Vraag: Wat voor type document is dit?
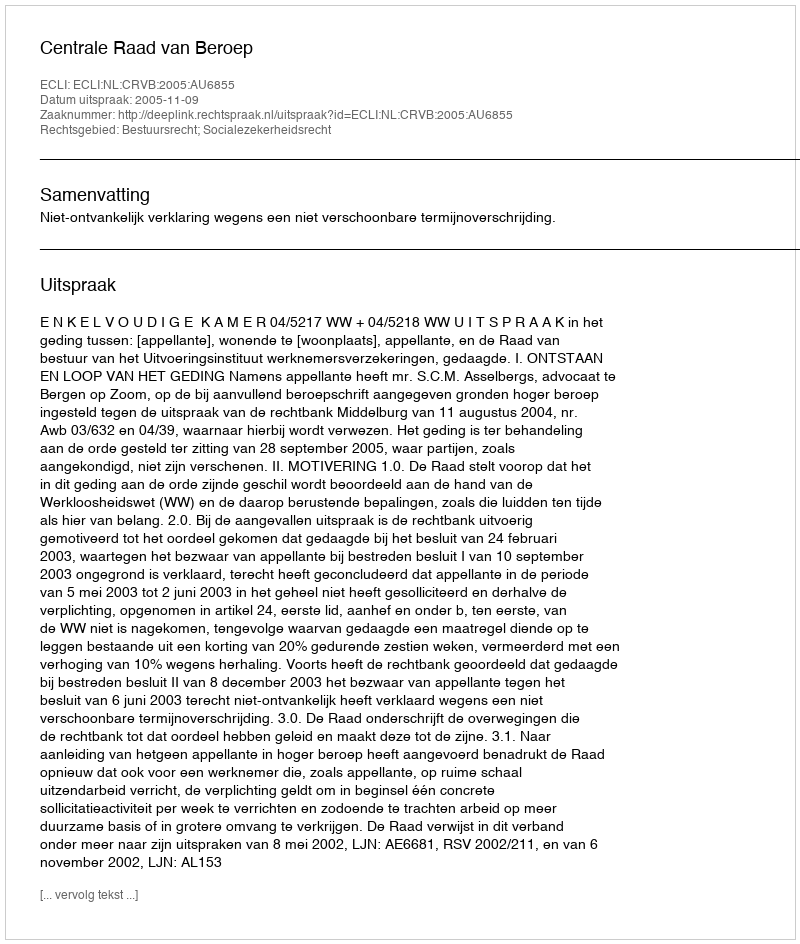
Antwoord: Uitspraak